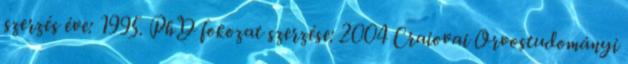
szerzés éve: 1995. PhD fokozat szerzése: 2004 Craiovai Orvostudományi